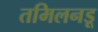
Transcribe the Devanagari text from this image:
तमिलनडू